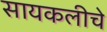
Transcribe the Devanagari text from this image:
सायकलीचे